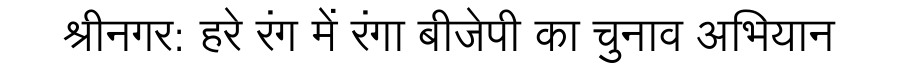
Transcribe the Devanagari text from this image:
श्रीनगर: हरे रंग में रंगा बीजेपी का चुनाव अभियान